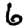
Digit: 6